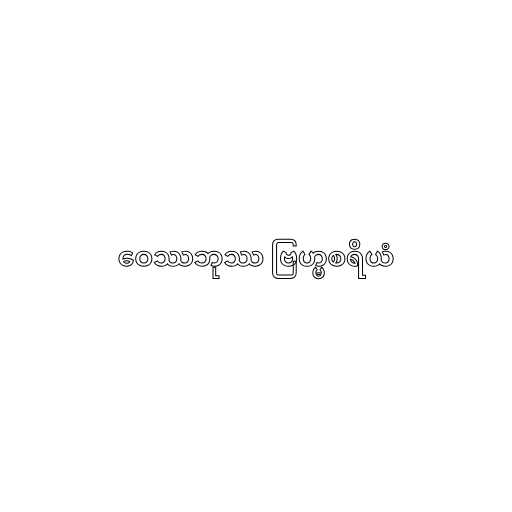
ဝေဿဘုဿ ဗြဟ္မစရိယံ